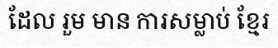
ដែល រួម មាន ការសម្លាប់ ខ្មែរ